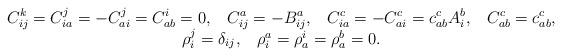
LaTeX: \begin{align*}\begin{array}{c}C_{ij}^k= C_{ia}^j=-C_{ai}^j=C_{ab}^i=0,\;\;\;C_{ij}^a=-B_{ij}^a,\;\;\;C_{ia}^c=-C_{ai}^c=c_{ab}^cA_i^b,\;\;\;C_{ab}^c=c_{ab}^c,\\\rho_i^j=\delta_{ij},\;\;\; \rho_i^a=\rho_a^i=\rho_a^b=0.\end{array}\end{align*}